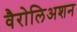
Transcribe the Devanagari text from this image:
वैरोलिअशन